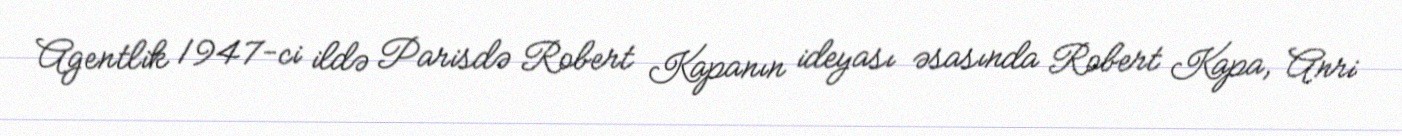
Agentlik 1947-ci ildə Parisdə Robert Kapanın ideyası əsasında Robert Kapa, Anri